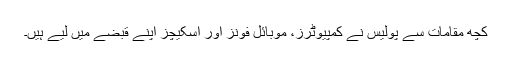
کچھ مقامات سے پولیس نے کمپیوٹرز، موبائل فونز اور اسکیچز اپنے قبضے میں لیے ہیں۔